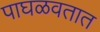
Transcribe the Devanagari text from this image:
पाघळवतात